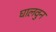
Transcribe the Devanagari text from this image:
घालवुन